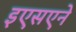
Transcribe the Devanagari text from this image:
इएसएने